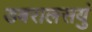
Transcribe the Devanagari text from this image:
डबरालसयुं